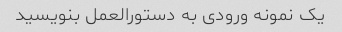
یک نمونه ورودی به دستورالعمل بنویسید